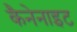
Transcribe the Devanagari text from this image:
कैनेनाइट